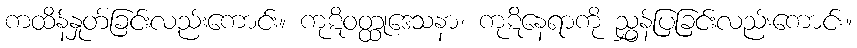
ကထိန်နှုတ်ခြင်းလည်းကောင်း။ ကုဋိဝတ္ထုဒေသနာ၊ ကုဋိနေရာကို ညွှန်ပြခြင်းလည်းကောင်း။